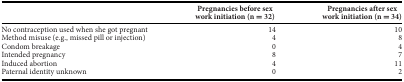
<table><thead><tr><td></td><td><b>Pregnancies before sex work initiation (n = 32)</b></td><td><b>Pregnancies after sex work initiation (n = 34)</b></td></tr></thead><tbody><tr><td>No contraception used when she got pregnant</td><td>14</td><td>10</td></tr><tr><td>Method misuse (e.g., missed pill or injection)</td><td>4</td><td>8</td></tr><tr><td>Condom breakage</td><td>0</td><td>4</td></tr><tr><td>Intended pregnancy</td><td>8</td><td>7</td></tr><tr><td>Induced abortion</td><td>4</td><td>11</td></tr><tr><td>Paternal identity unknown</td><td>0</td><td>2</td></tr></tbody></table>